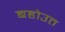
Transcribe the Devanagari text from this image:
बहोउत